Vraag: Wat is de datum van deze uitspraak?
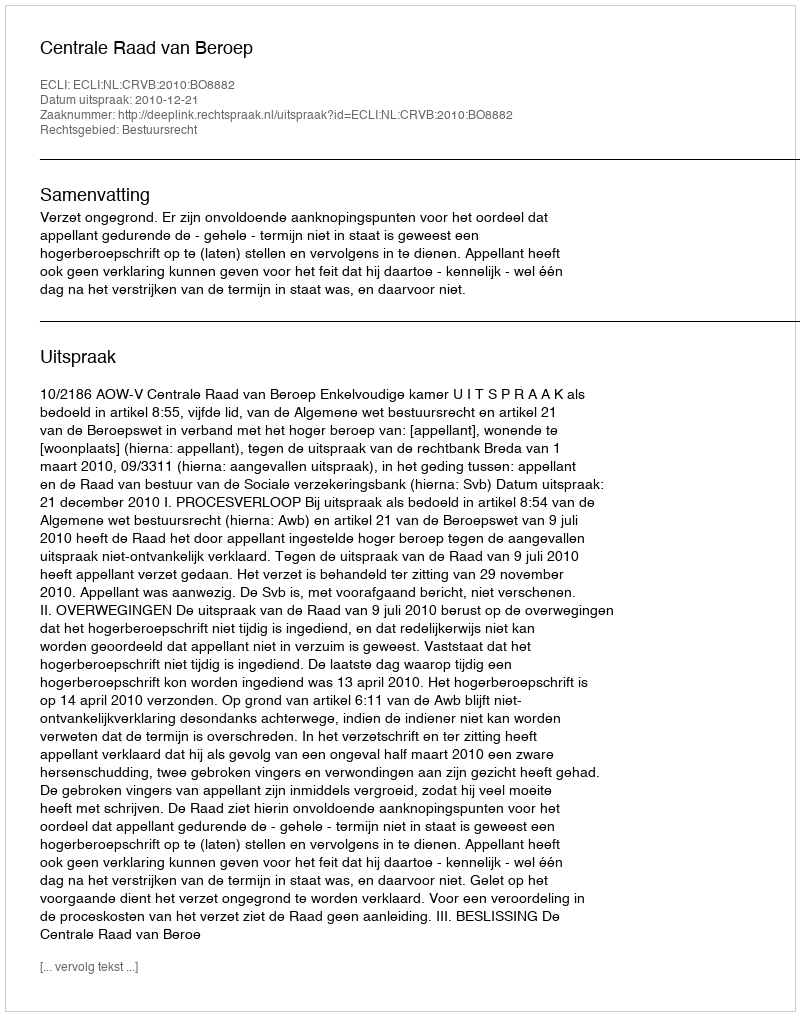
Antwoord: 2010-12-21